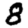
Digit: 8